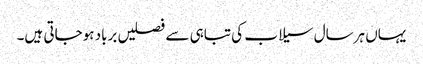
یہاں ہرسال سیلاب کی تباہی سے فصلیں برباد ہوجاتی ہیں۔